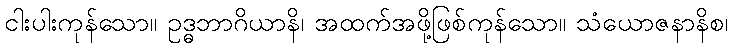
ငါးပါးကုန်သော။ ဥဒ္ဓဘာဂိယာနိ၊ အထက်အဖို့ဖြစ်ကုန်သော။ သံယောဇနာနိစ၊